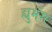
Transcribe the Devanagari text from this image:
ह्युमंस